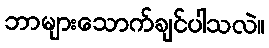
ဘာများသောက်ချင်ပါသလဲ။